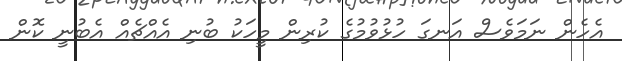
އެހެން ނަމަވެސް އަނގަ ހުޅުވުމުގެ ކުރިން މީހަކު ބުނި އެއްޗެއް އެބުނީ ކޮން